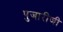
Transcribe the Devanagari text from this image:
पुजारीजी